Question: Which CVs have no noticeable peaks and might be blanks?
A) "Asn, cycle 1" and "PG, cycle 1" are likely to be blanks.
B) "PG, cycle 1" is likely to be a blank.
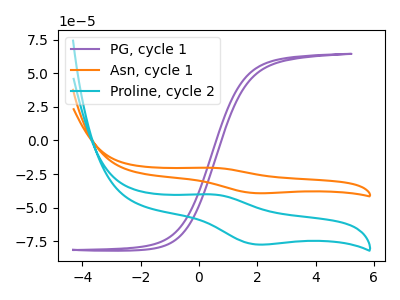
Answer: <think>The purple curve "PG, cycle 1" has no peaks. The orange curve "Asn, cycle 1" has an anodic peak at (0.45V, -20.40uA) and a cathodic peak at (1.95V, -39.25uA). The cyan curve "Proline, cycle 2" has an anodic peak at (0.45V, -40.20uA) and a cathodic peak at (1.95V, -77.35uA).</think>
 <answer>B) "PG, cycle 1" is likely to be a blank.</answer>
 <eval>B</eval>